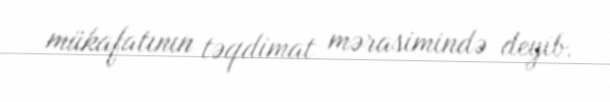
mükafatının təqdimat mərasimində deyib.